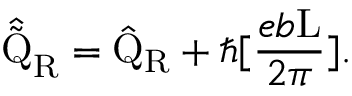
\hat { \tilde { \mathrm { Q } } } _ { \mathrm { R } } = \hat { \mathrm { Q } } _ { \mathrm { R } } + \hbar [ \frac { e b \mathrm { L } } { 2 \pi } ] .